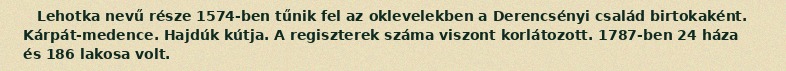
Lehotka nevű része 1574-ben tűnik fel az oklevelekben a Derencsényi család birtokaként. Kárpát-medence. Hajdúk kútja. A regiszterek száma viszont korlátozott. 1787-ben 24 háza és 186 lakosa volt.